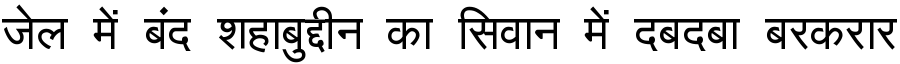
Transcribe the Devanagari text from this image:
जेल में बंद शहाबुद्दीन का सिवान में दबदबा बरकरार